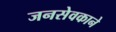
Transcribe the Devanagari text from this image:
जनसेवकाने